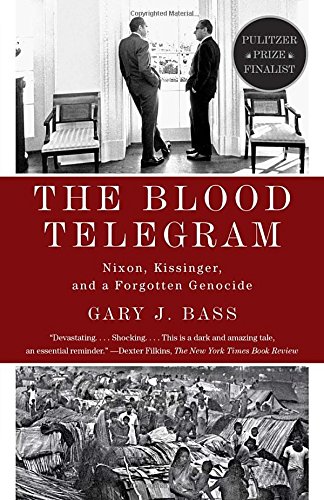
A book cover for The Blood Telegram; Gary J. Bass; History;